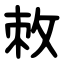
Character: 敇